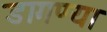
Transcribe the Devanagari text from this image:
डागण्या